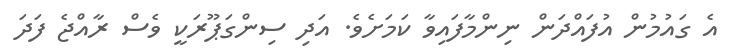
އެ ގައުމުން އުފައްދަން ނިންމާފައިވާ ކަމަށެވެ. އަދި ސިންގަޕޫރަކީ ވެސް ރާއްޖެ ފަދަ